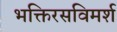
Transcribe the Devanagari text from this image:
भक्तिरसविमर्श